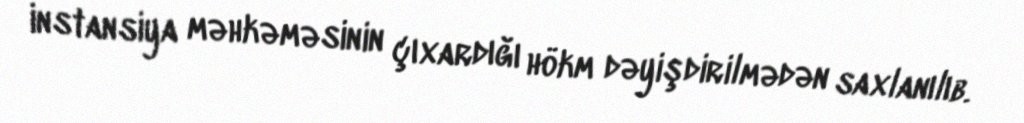
instansiya məhkəməsinin çıxardığı hökm dəyişdirilmədən saxlanılıb.